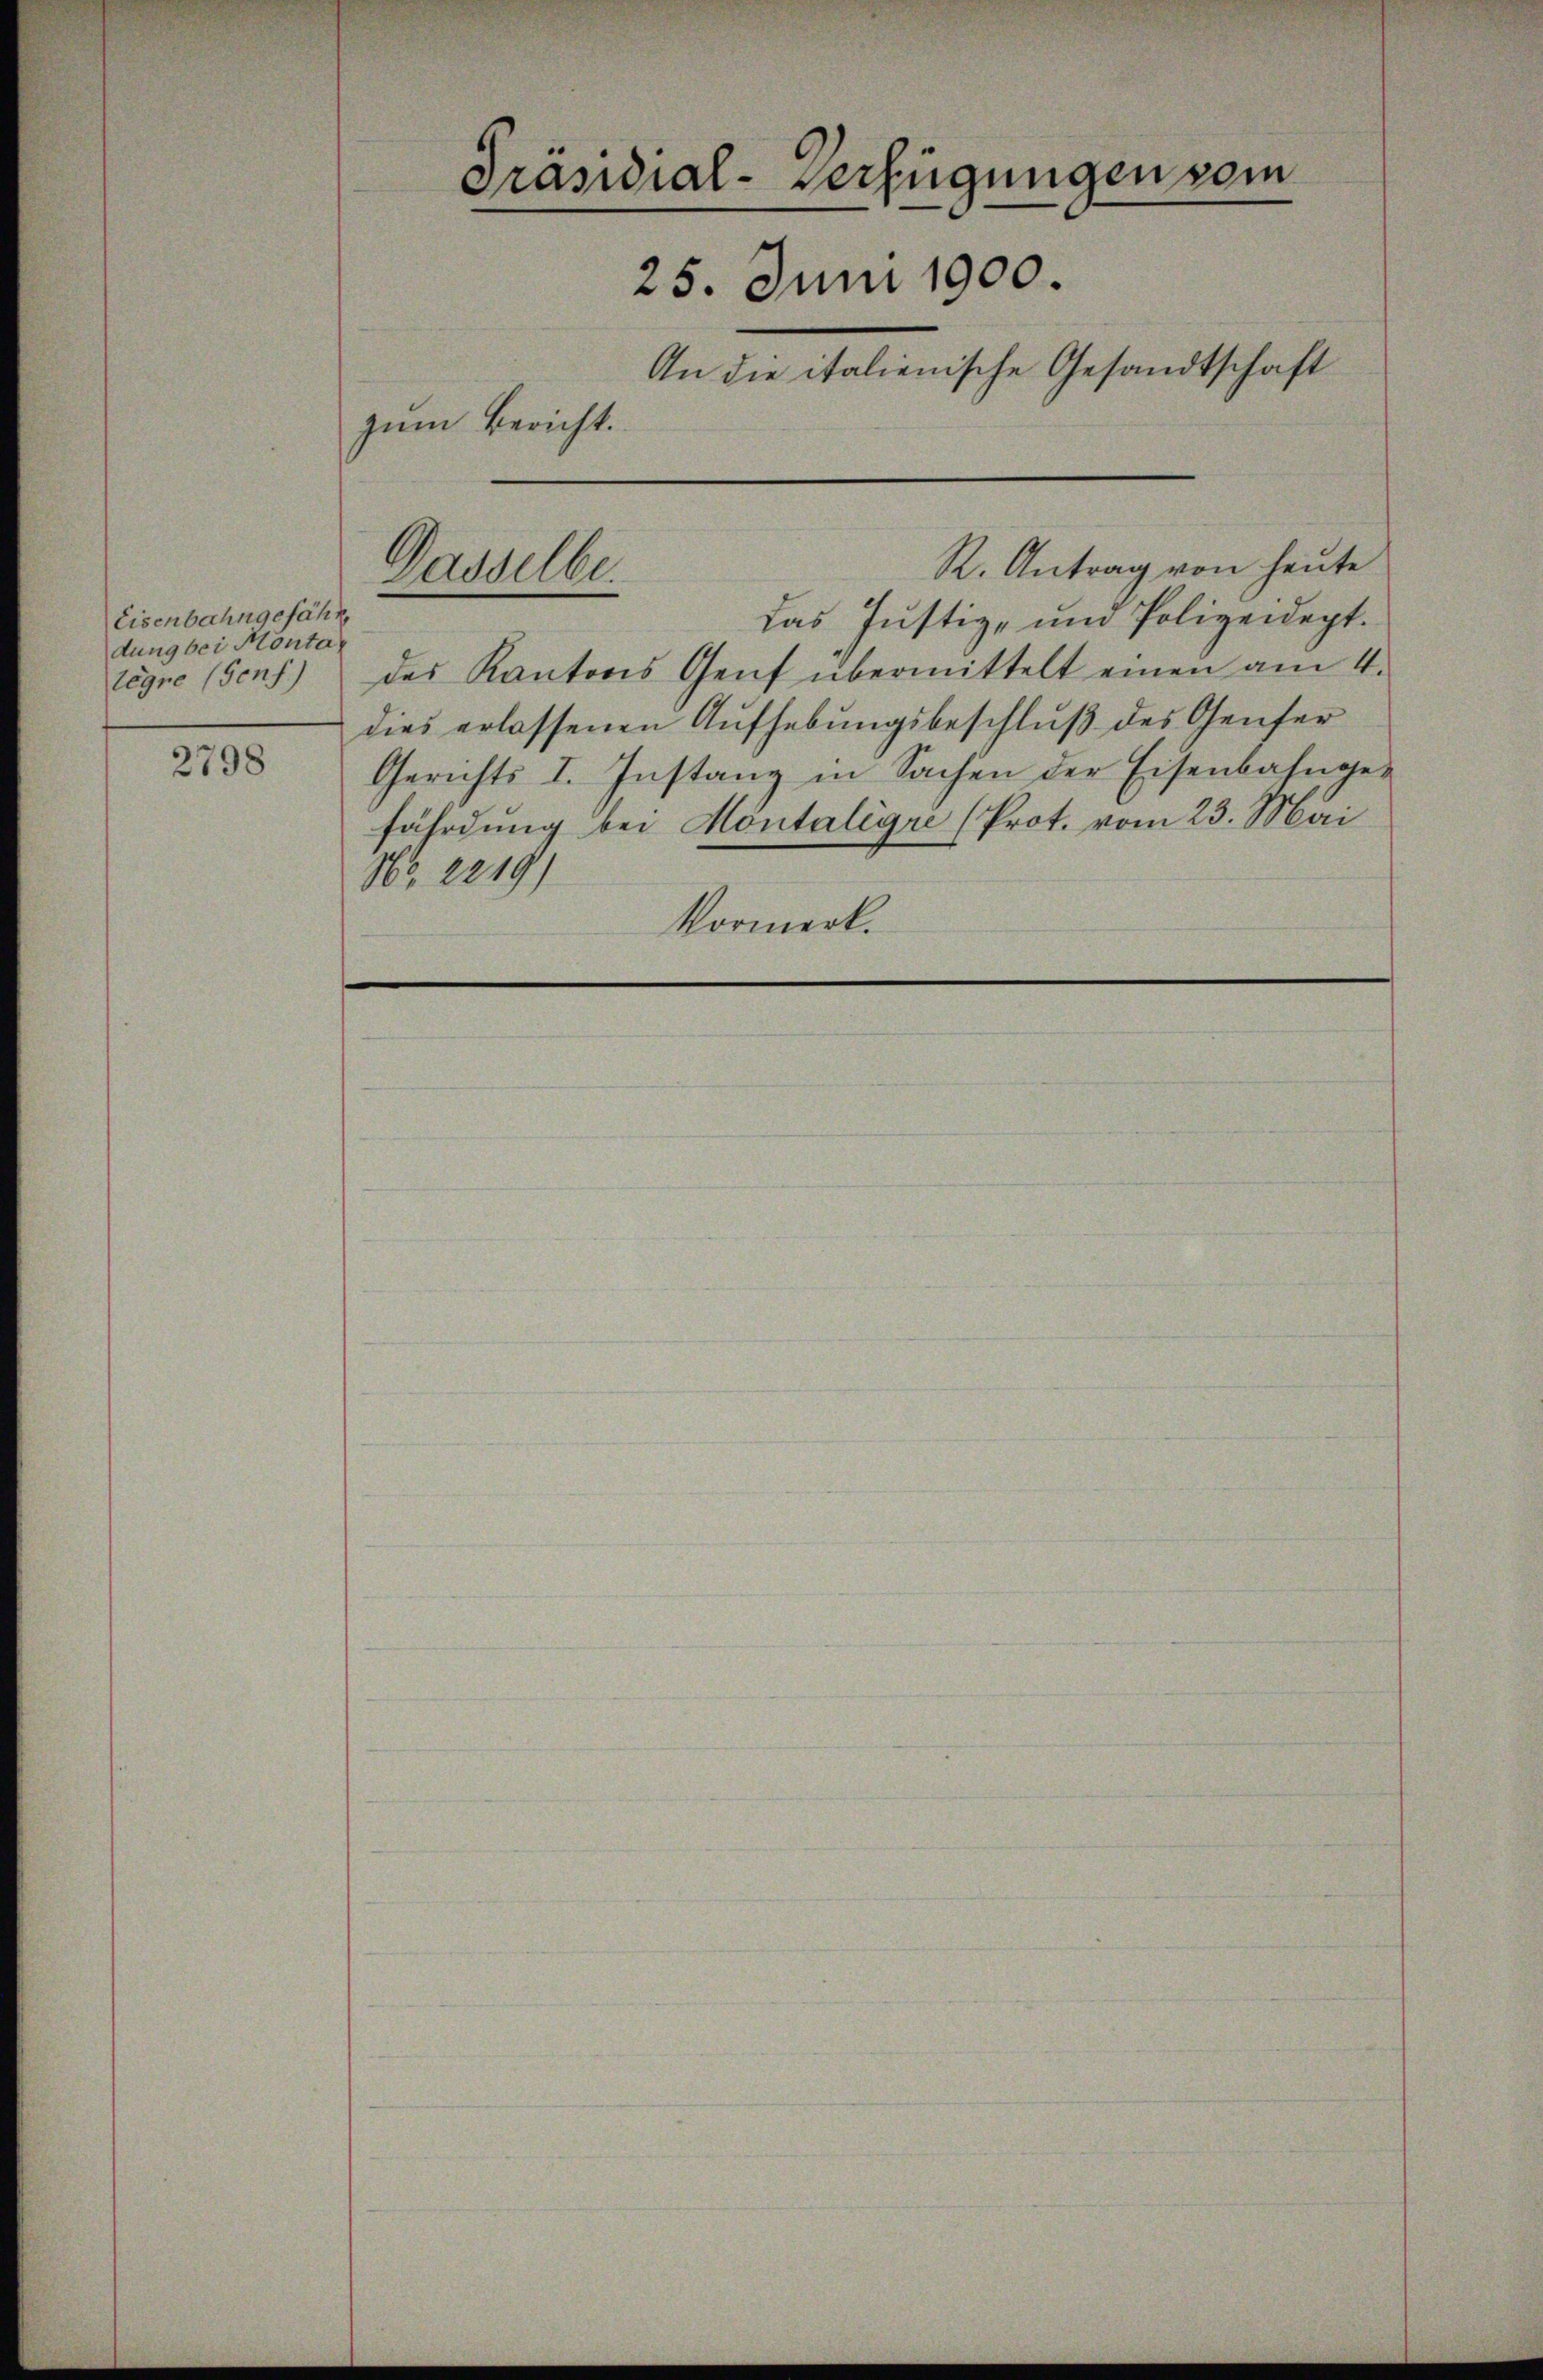
Eisenbahngefähr
dung bei Montategre (Genf)

2798

Präsidial-Verfügungen vom
25. Juni 1900.
An die italienische Gesandtschaft
zum Bericht.

Dasselbe.

das Justiz- und Polizeidept.
des Kantons Genf übermittelt einen am 4.
dies erlassenen Aufhebungsbeschluß des Genfer
Gerichts I. Instanz in Sachen der Eisenbahngefährdung bei Montaligr (Prot. vom 23. Mai
Nr. 2219)
Vormerk.

R. Antrag von heute